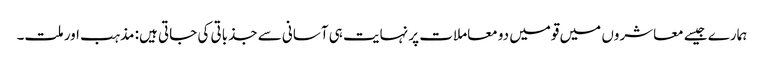
ہمارے جیسے معاشروں میں قومیں دو معاملات پر نہایت ہی آسانی سے جذباتی کی جاتی ہیں: مذہب اور ملت۔